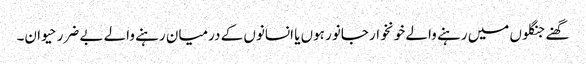
گھنے جنگلوں میں رہنے والے خونخوار جانور ہوں یا انسانوں کے درمیان رہنے والے بے ضرر حیوان۔